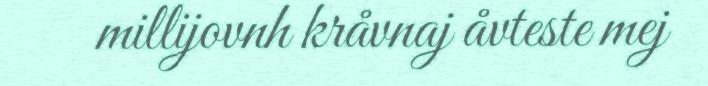
millijovnh kråvnaj åvteste mej